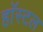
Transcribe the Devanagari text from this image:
हाॅस्टल